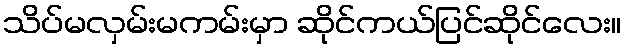
သိပ်မလှမ်းမကမ်းမှာ ဆိုင်ကယ်ပြင်ဆိုင်လေး။